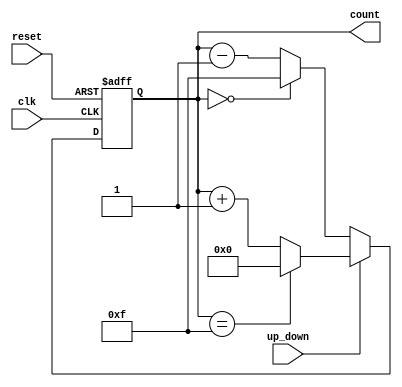
module up_down_counter #(parameter WIDTH = 4, // Parameter for counter width
                         parameter MAX_COUNT = 2**WIDTH - 1) (
    input wire clk,               // Clock input
    input wire up_down,           // Up/Down control signal
    input wire reset,             // Asynchronous reset signal
    output reg [WIDTH-1:0] count  // Counter output
);

    // Asynchronous reset logic
    always @(posedge clk or posedge reset) begin
        if (reset) begin
            count <= 0; // Reset the count to zero
        end else begin
            // Counting logic
            if (up_down) begin
                // Count up
                if (count == MAX_COUNT) begin
                    count <= 0; // Wrap around to zero
                end else begin
                    count <= count + 1; // Increment count
                end
            end else begin
                // Count down
                if (count == 0) begin
                    count <= MAX_COUNT; // Wrap around to max count
                end else begin
                    count <= count - 1; // Decrement count
                end
            end
        end
    end

endmodule